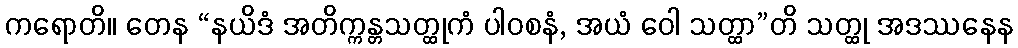
ကရောတိ။ တေန “နယိဒံ အတိက္ကန္တသတ္ထုကံ ပါဝစနံ, အယံ ဝေါ သတ္ထာ”တိ သတ္ထု အဒဿနေန